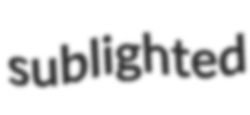
sublighted